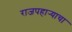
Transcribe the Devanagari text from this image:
राजपहार्‍याचा